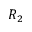
R _ { 2 }